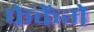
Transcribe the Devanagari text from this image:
फेकेंगे